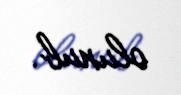
olunub.